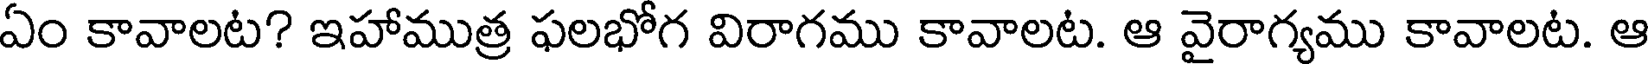
ఏం కావాలట? ఇహాముత్ర ఫలభోగ విరాగము కావాలట. ఆ వైరాగ్యము కావాలట. ఆ